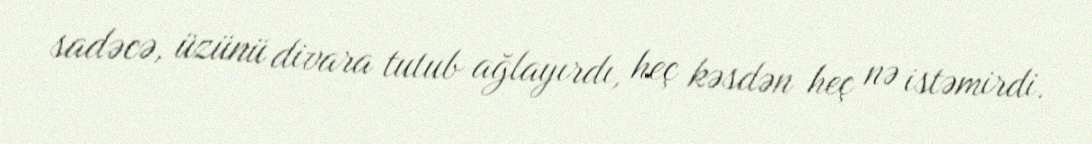
sadəcə, üzünü divara tutub ağlayırdı, heç kəsdən heç nə istəmirdi.